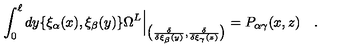
\int _ { 0 } ^ { \ell } d y \{ \xi _ { \alpha } ( x ) , \xi _ { \beta } ( y ) \} \Omega ^ { L } \Big | _ { \big ( { \frac { \delta } { \delta \xi _ { \beta } ( y ) } } , { \frac { \delta } { \delta \xi _ { \gamma } ( z ) } } \big ) } = P _ { \alpha \gamma } ( x , z ) \quad .